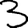
Digit: 3